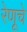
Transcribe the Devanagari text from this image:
रेणूचे